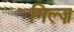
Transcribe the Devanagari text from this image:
गिल्ज़